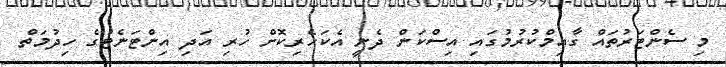
މި ސެންޓަރުތައް ގާއިމްކުރުމުގައި އިސްކަން ދެނީ އެކަހެރިކޮށް ހުރި އަދި އިންޓަނެޓުގެ ހިދުމަތް